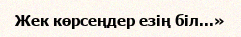
Жек көрсеңдер езің біл...»